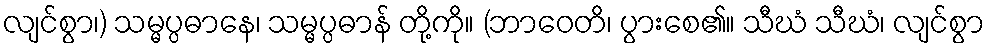
လျင်စွာ၊) သမ္မပ္ပဓာနေ၊ သမ္မပ္ပဓာန် တို့ကို။ (ဘာဝေတိ၊ ပွားစေ၏။ သီဃံ သီဃံ၊ လျင်စွာ